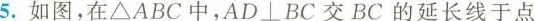
5.如图，在△ABC中，AD⊥BC交BC的延长线于点